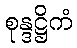
စုန္ဒဋ္ဌိကံ